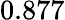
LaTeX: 0.877